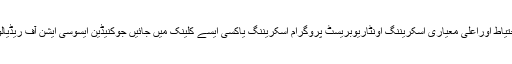
میموگرام کیلئے بہترین احتیاط اوراعلیٰ معیاری اسکریننگ اونٹاریوبریسٹ پروگرام اسکریننگ یاکسی ایسے کلینک میں جائیں جوکنیڈین ایسوسی ایشن آف ریڈیالوجسٹ سے منظورشدہ ہو۔